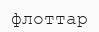
флоттар